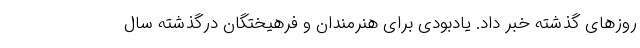
روزهای گذشته خبر داد. یادبودی برای هنرمندان و فرهیختگان درگذشته سال